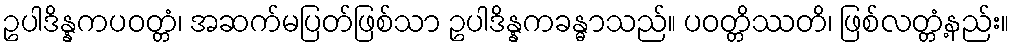
ဥပါဒိန္နကပဝတ္တံ၊ အဆက်မပြတ်ဖြစ်သာ ဥပါဒိန္နကခန္ဓာသည်။ ပဝတ္တိဿတိ၊ ဖြစ်လတ္တံ့နည်း။